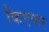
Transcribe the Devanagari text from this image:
किएफर